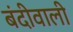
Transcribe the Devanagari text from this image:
बंदीवाली